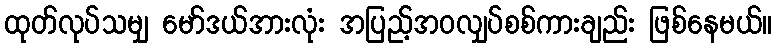
ထုတ်လုပ်သမျှ မော်ဒယ်အားလုံး အပြည့်အဝလျှပ်စစ်ကားချည်း ဖြစ်နေမယ်။